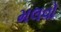
મલવો